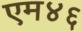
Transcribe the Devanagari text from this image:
एम४६